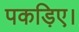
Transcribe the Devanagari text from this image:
पकड़िए।